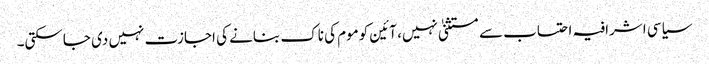
سیاسی اشرافیہ احتساب سے مستثنیٰ نہیں، آئین کوموم کی ناک بنانے کی اجازت نہیں دی جاسکتی۔